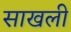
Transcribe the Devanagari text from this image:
साखली